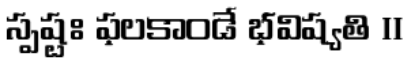
స్పష్టః ఫలకాండే భవిష్యతి ॥